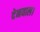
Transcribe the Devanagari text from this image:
देनवाल।